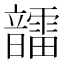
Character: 𩑆